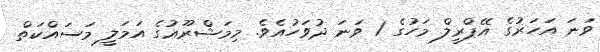
ވަނަ އަހަރުގެ އޭޕްރީލް މަހުގެ 1 ވަނަ ދުވަހުއެވެ. މިމަޝްރޫޢުގެ އަމަލީ މަސައްކަތް